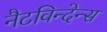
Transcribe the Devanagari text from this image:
नैटविन्देन्स